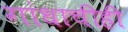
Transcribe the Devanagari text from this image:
गांधाचीही